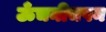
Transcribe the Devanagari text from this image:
ऊँचनीचपन